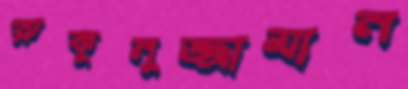
রুকুনুজ্জামান